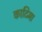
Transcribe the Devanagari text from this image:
काटिमा